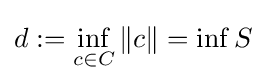
d:=\inf _{c\in C}\|c\|=\inf S